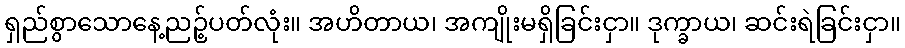
ရှည်စွာသောနေ့ညဉ့်ပတ်လုံး။ အဟိတာယ၊ အကျိုးမရှိခြင်းငှာ။ ဒုက္ခာယ၊ ဆင်းရဲခြင်းငှာ။